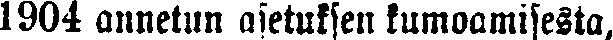
1904 annetun asetuksen kumoamisesta,